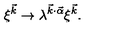
\xi ^ { \vec { k } } \rightarrow \lambda ^ { \vec { k } \cdot \vec { \alpha } } \xi ^ { \vec { k } } .